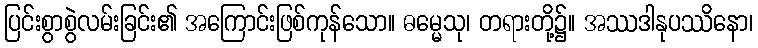
ပြင်းစွာစွဲလမ်းခြင်း၏ အကြောင်းဖြစ်ကုန်သော။ ဓမ္မေသု၊ တရားတို့၌။ အဿဒါနုပဿိနော၊